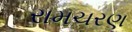
રામચરણ